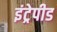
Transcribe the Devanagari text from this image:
इंट्रेपीड